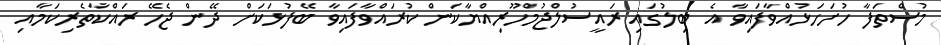
މުސްތަފާ ހުށަހަޅުއްވާފައިވާ އެ ބިލުގައި ރައީސުލްޖުމްހޫރިއްޔާކަން ކުރައްވާފައިވާ ބޭފުޅަކަށް ދޭން ޖެހޭ ރައްކާތެރިކަމާއި